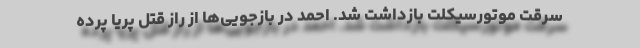
سرقت موتورسیکلت بازداشت شد. احمد در بازجویی‌ها از راز قتل پریا پرده